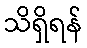
သိရှိရန်